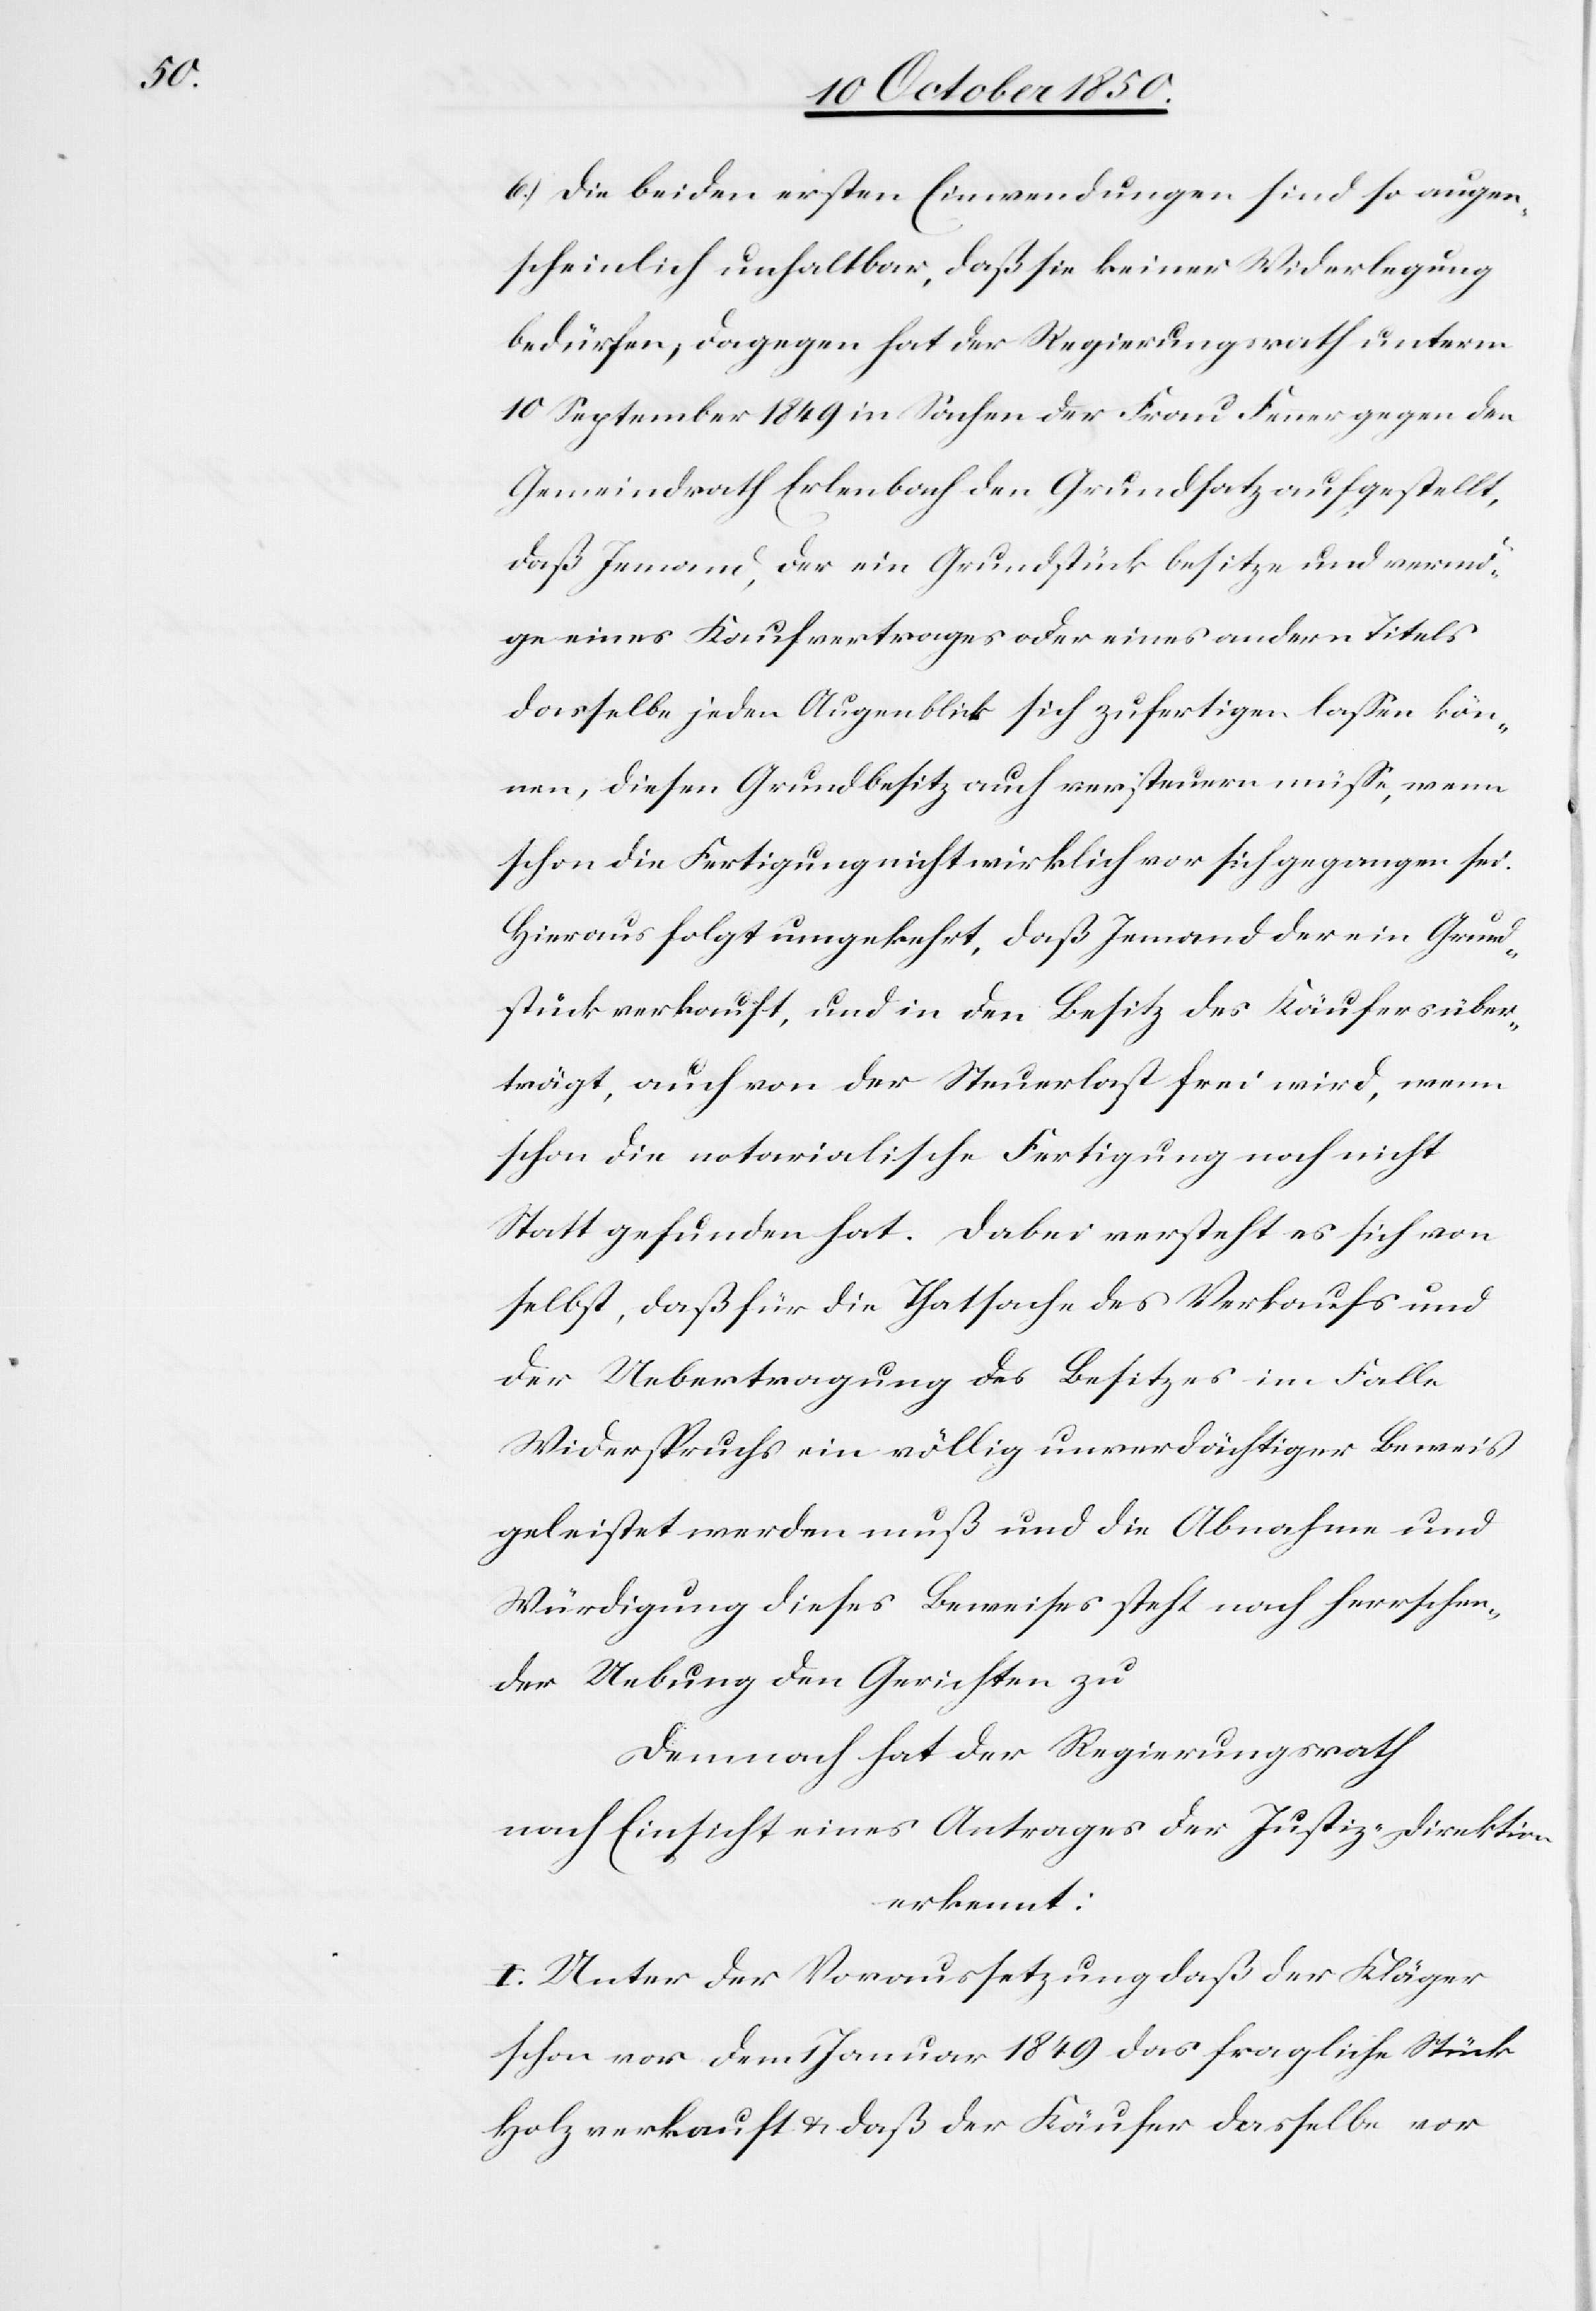
6.) Die beiden ersten Einwendungen sind so augen¬
scheinlich unhaltbar, daß sie keiner Widerlegung
bedürfen; dagegen hat der Regierungsrath unterm
10 September 1849 in Sachen der Frau Fenner gegen den
Gemeindrath Erlenbach den Grundsatz aufgestellt,
daß Jemand, der ein Grundstück besitze und vermö¬
ge eines Kaufvertrages oder eines andern Titels
dasselbe jeden Augenblick sich zufertigen lassen kön¬
nen, diesen Grundbesitz auch versteuern müsse, wenn
schon die Fertigung nicht wirklich vor sich gegangen sei.
Hieraus folgt umgekehrt, daß Jemand der ein Grund¬
stück verkauft, und in den Besitz des Käufers über¬
trägt, auch von der Steuerlast frei wird, wenn
schon die notarialische Fertigung noch nicht
Statt gefunden hat. Dabei versteht es sich von
selbst, daß für die Thatsache des Verkaufs und
der Uebertragung des Besitzes im Falle
Widerspruchs ein völlig unverdächtiger Beweis
geleistet werden muß und die Abnahme und
Würdigung dieses Beweises steht nach herrschen¬
der Uebung den Gerichten zu
Demnach hat der Regierungsrath
nach Einsicht eines Antrages der Justiz-Direktion
erkennt:
I. Unter der Voraussetzung daß der Kläger
schon vor dem 1 Januar 1849 das fragliche Stück
Holz verkauft & daß der Käufer dasselbe vor